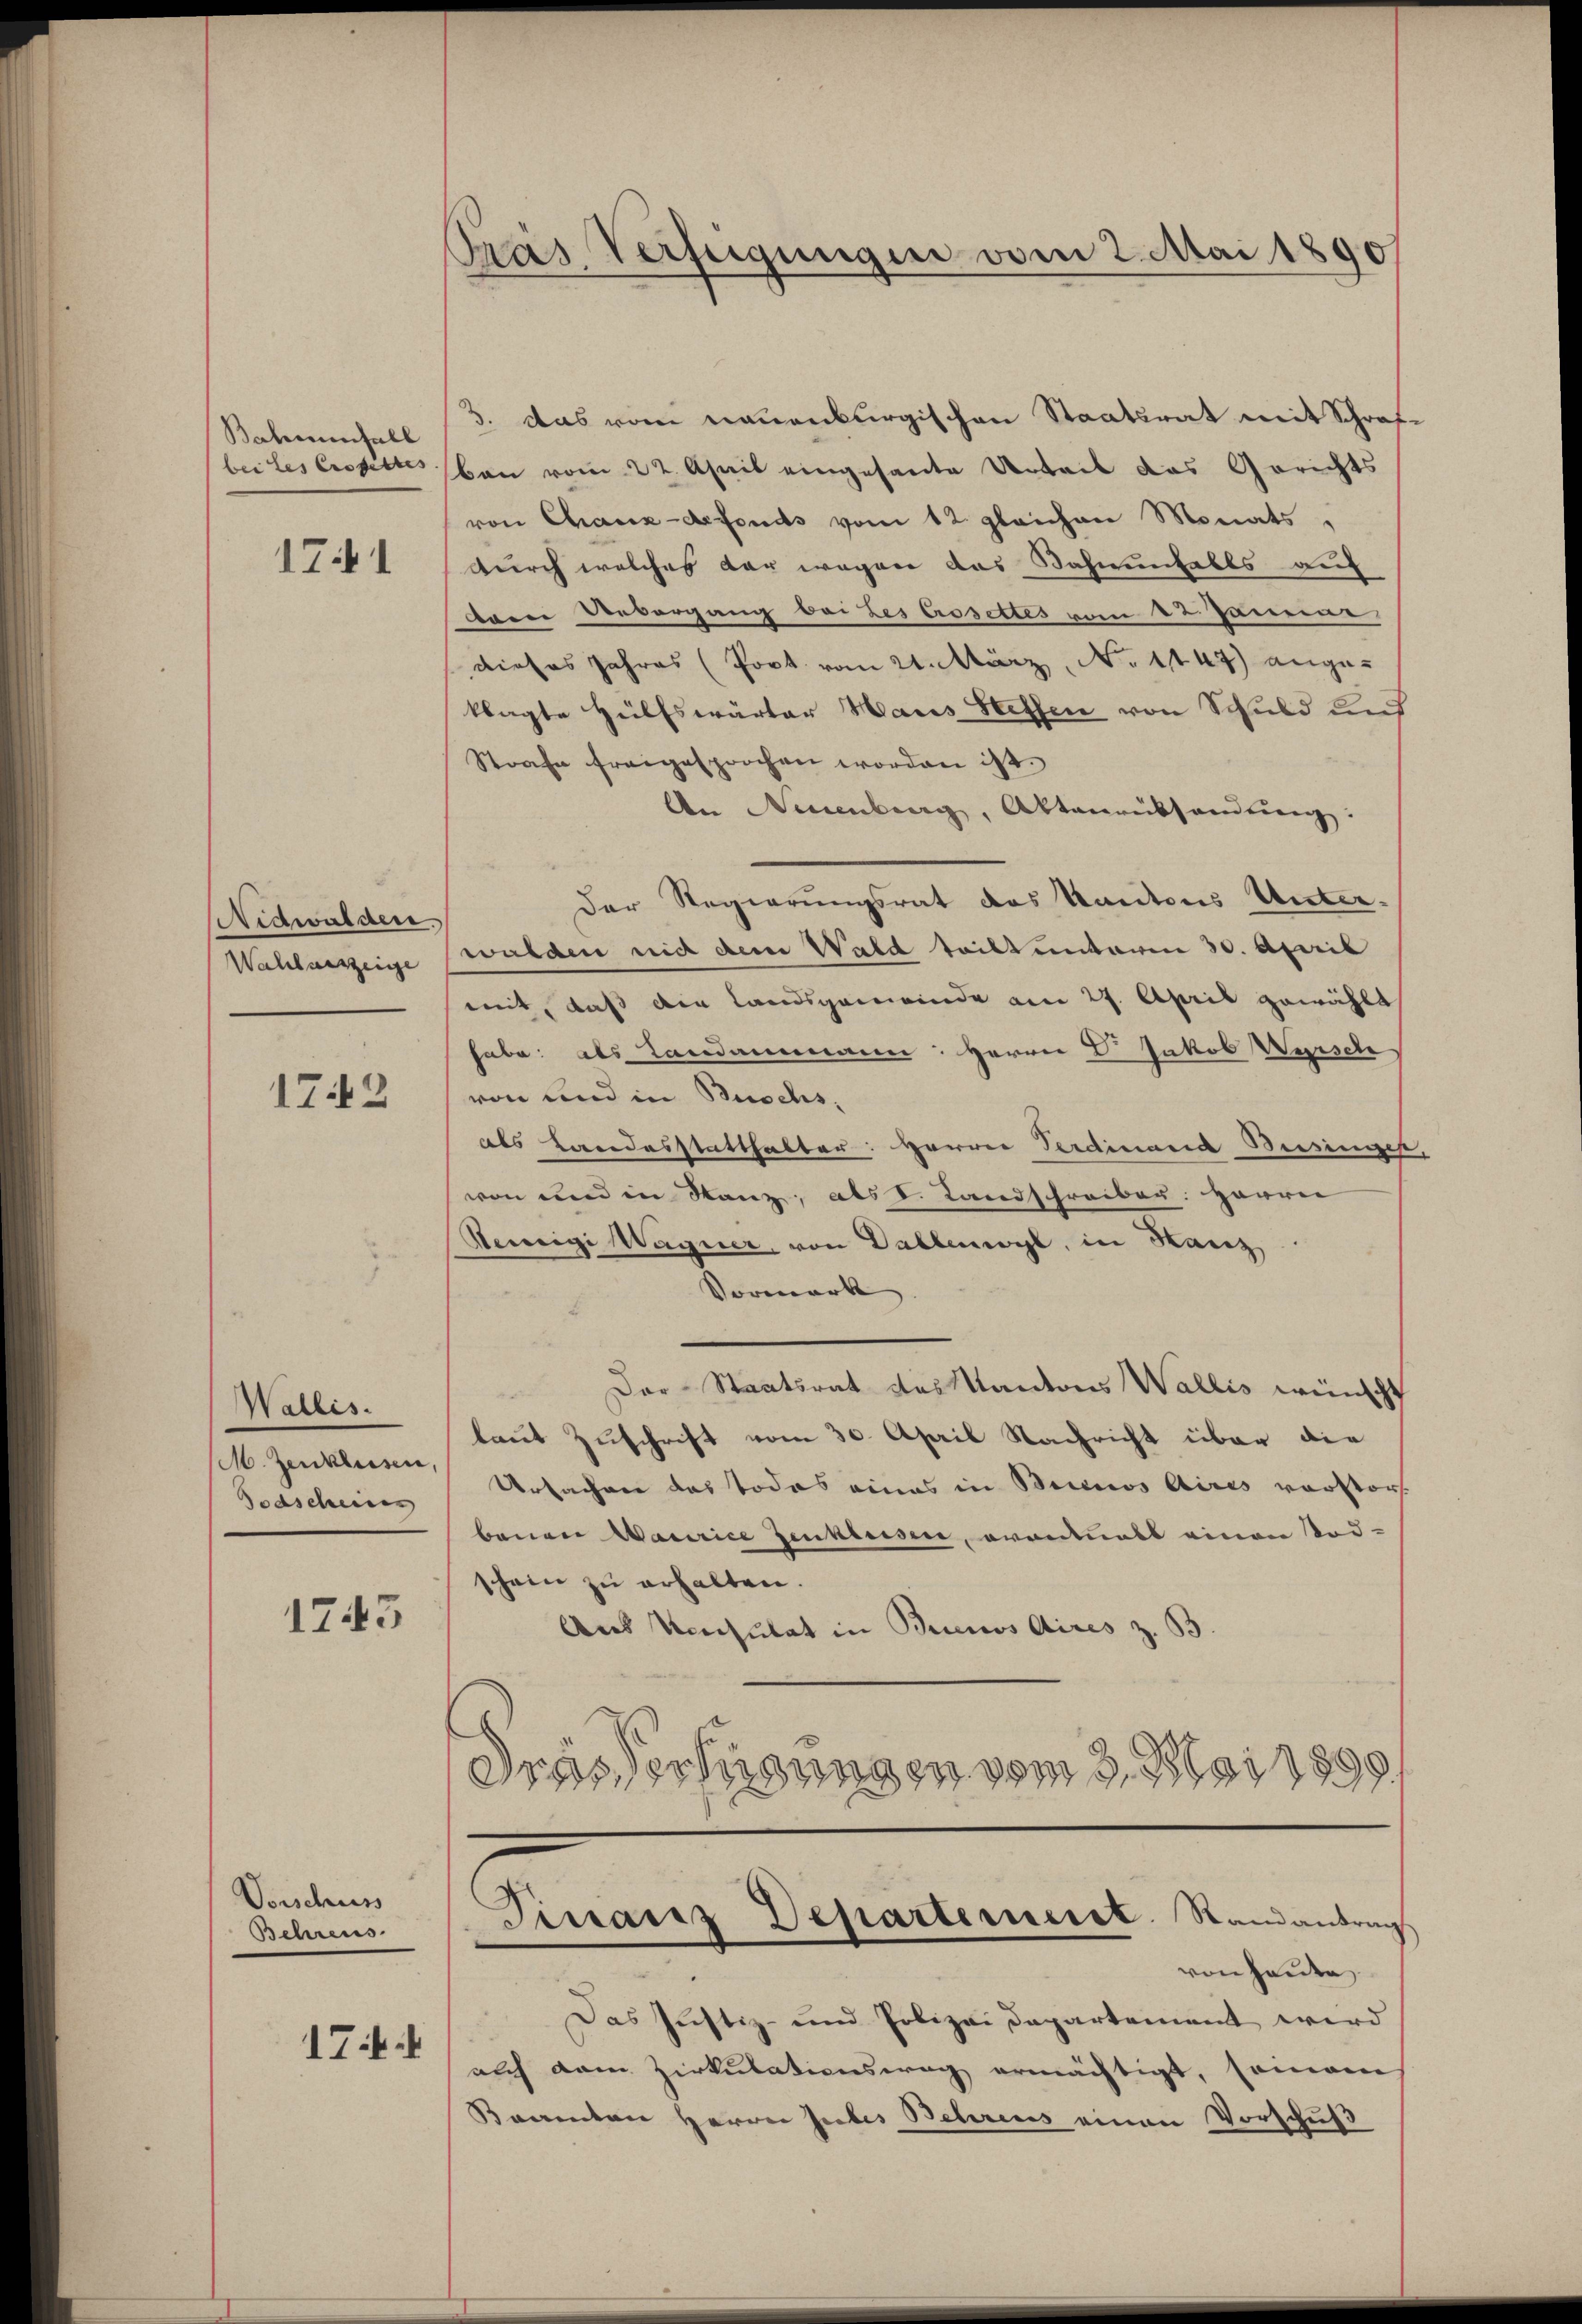
Balmenfall
bei des Crosettes

1741

Nidwalden.
Wahlverzeige

1742

Wallis.
M. Zenklusen,
Todscheinen

1745

Vorschuss
Behrens

17

Gras Verfügungen vom 2. Mai 1890

3. das vom neuenburgischen Staatsrat mit Schraf-
ban vom 22. April eingesante Arbeit das Gerichts
von Chaux-defonds vom 12. gleichen Monats,
durch welches der wegen das Sahnenfalls auf
Dorne Uebergang bei Les Crosettes vom 12. Jänne
dieses Jahres (Post vom 21. März, No 1147) angeklagte Hülfswärter Haus Stetten von Schuld und
Strafe freigesprochen worden ist.
An Neuenburg, Aktenrübhandlung:
Der Regierungsrat des Kantons Unterwalden nidt dem Wald teilt unterm 30. April
mit, daß die Landsgemeinde am 27. April gewählt
habe: als Landammann: Herrn V. Jakob Warsch
von und in Buschs,
als Landesstatthalter: Herrn Ferdinand Beisinges
von und in Stanz, als I. Landschreiber: Herrn
Remigi Wagner, von Dallenwyl, in Kanz
Vormerk |
Der Staatsrat des Kantons Wallis wünscht
laut Zuschrift vom 30. April Nachricht über die
Urfachen das Todes eines in Beinos Aires verstorf
benen Waurice Zeukreisen, eventuels einen Tod-
schein zu erhalten.
Aus Konsulat in Buenos Aires z. B.
Drasverfügungen vom 3. Mai 1890
Finanz Departemeist. Randantrag
von Heute
Das Justiz- und Polizei Departement wird
auch dem Zirkulationsweg ermächtigt, somane
Kamenten Herrn Jubes Behrens einen Vorschuß